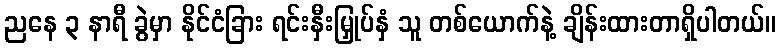
ညနေ ၃ နာရီ ခွဲမှာ နိုင်ငံခြား ရင်းနှီးမြှုပ်နှံ သူ တစ်ယောက်နဲ့ ချိန်းထားတာရှိပါတယ်။